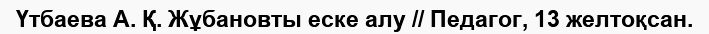
Үтбаева А. Қ. Жұбановты еске алу // Педагог, 13 желтоқсан.